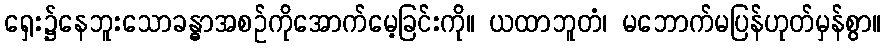
ရှေး၌နေဘူးသောခန္ဓာအစဉ်ကိုအောက်မေ့ခြင်းကို။ ယထာဘူတံ၊ မဘောက်မပြန်ဟုတ်မှန်စွာ။